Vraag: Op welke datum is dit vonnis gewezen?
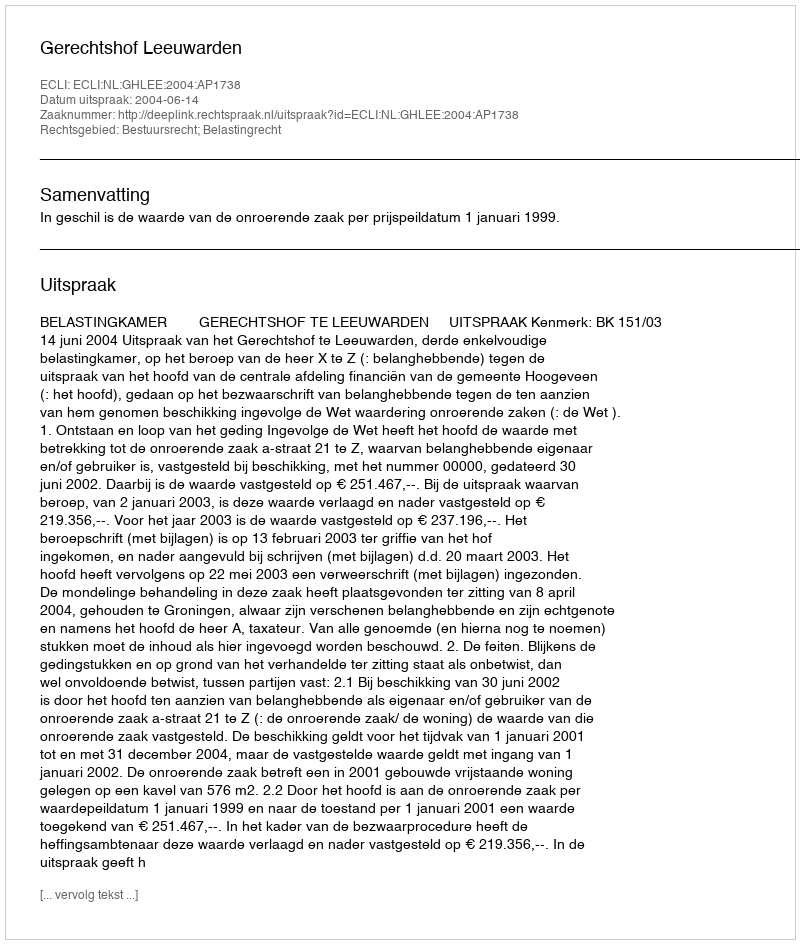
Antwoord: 2004-06-14